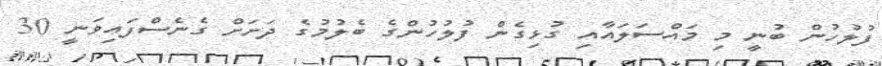
ފުލުހުން ބުނީ މި މައްސަލައާއި ގުޅިގެން ފުލުހުންގެ ބެލުމުގެ ދަށަށް ގެނެސްފައިވަނީ 30